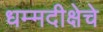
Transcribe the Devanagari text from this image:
धम्मदीक्षेचे